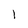
Character: 1